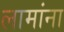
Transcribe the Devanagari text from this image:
लामांना